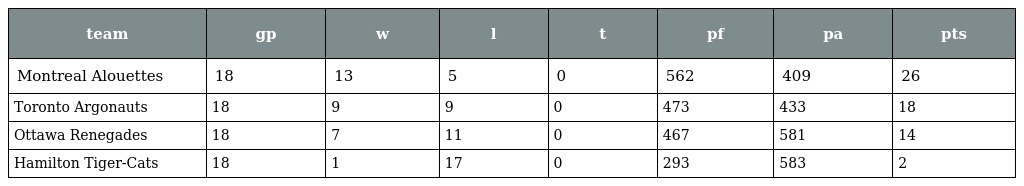
| team | gp | w | l | t | pf | pa | pts |
 | --- | --- | --- | --- | --- | --- | --- | --- |
 | Montreal Alouettes | 18 | 13 | 5 | 0 | 562 | 409 | 26 |
 | Toronto Argonauts | 18 | 9 | 9 | 0 | 473 | 433 | 18 |
 | Ottawa Renegades | 18 | 7 | 11 | 0 | 467 | 581 | 14 |
 | Hamilton Tiger-Cats | 18 | 1 | 17 | 0 | 293 | 583 | 2 |